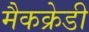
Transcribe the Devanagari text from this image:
मैकक्रेडी